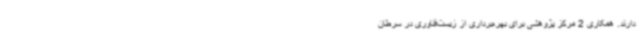
دارند. همکاری 2 مرکز پژوهشی برای بهره‌برداری از زیست‌فناوری در سرطان